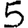
Digit: 5